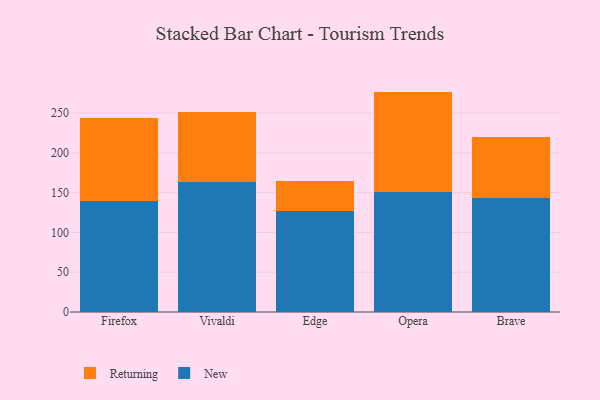
{"axis": {"x": "Browser", "y": "Bounce Rate (%)"}, "legend": ["New", "Returning"], "data": [{"x": "Firefox", "y": 139.5, "type": "New"}, {"x": "Firefox", "y": 104.2, "type": "Returning"}, {"x": "Vivaldi", "y": 163.4, "type": "New"}, {"x": "Vivaldi", "y": 88.0, "type": "Returning"}, {"x": "Edge", "y": 127.1, "type": "New"}, {"x": "Edge", "y": 37.1, "type": "Returning"}, {"x": "Opera", "y": 150.5, "type": "New"}, {"x": "Opera", "y": 126.4, "type": "Returning"}, {"x": "Brave", "y": 143.3, "type": "New"}, {"x": "Brave", "y": 76.0, "type": "Returning"}]}